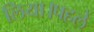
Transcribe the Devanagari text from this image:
लिया।पहले